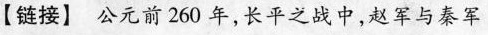
【链接】公元前 260 年，长平之战中，赵军与秦军